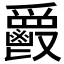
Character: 𩰥